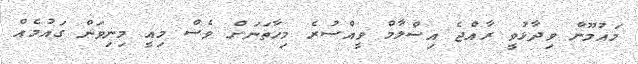
މައުމޫން ވިދާޅުވީ ރާއްޖެ އިސްލާމް ވީއްސުރެ މިހާތަނަށް ވެސް މިއީ މިނިވަން ގައުމެއް